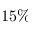
1 5 \%